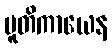
ပူတိကာယေန